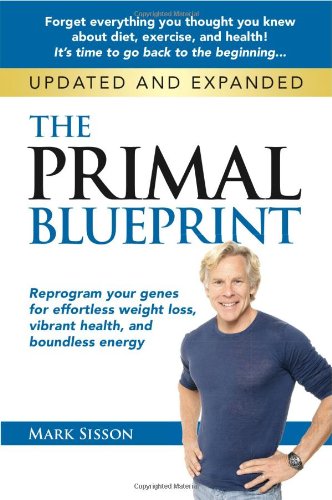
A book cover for The Primal Blueprint: Reprogram your genes for effortless weight loss, vibrant health, and boundless energy (Primal Blueprint Series); Mark Sisson; Health, Fitness & Dieting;